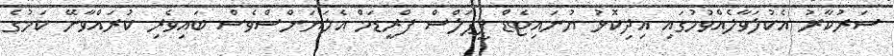
ސަރުކާރު އެކުލަވާލެއްވުމުގައި އިދިކޮޅު ޔުނައިޓެޑް ޕީޕަލްސް ފްރީޑަމް އެލަޔަންސްވެސް ބައިވެރި ކުރައްވާނޭ ކަމުގެ